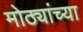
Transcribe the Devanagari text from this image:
मोठ्यांच्या